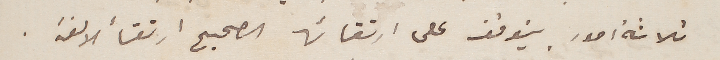
ثلاثة امور يتوقف على ارتقائها الصحيح ارتقأ الالفة.